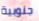
جنوبية